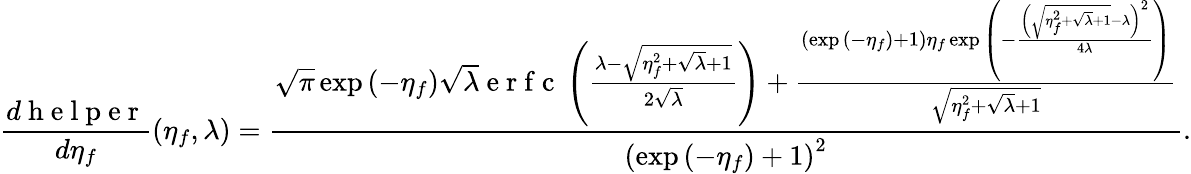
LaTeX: \frac{d\mathrm{~h~e~l~p~e~r~}}{d\eta_{f}}(\eta_{f},\lambda)=\frac{\sqrt{\pi}\exp{(-\eta_{f})}\sqrt{\lambda}\mathrm{~e~r~f~c~}\left(\frac{\lambda-\sqrt{\eta_{f}^{2}+\sqrt{\lambda}+1}}{2\sqrt{\lambda}}\right)+\frac{\left(\exp{(-\eta_{f})}+1\right)\eta_{f}\exp{\left(-\frac{\left(\sqrt{\eta_{f}^{2}+\sqrt{\lambda}+1}-\lambda\right)^{2}}{4\lambda}\right)}}{\sqrt{\eta_{f}^{2}+\sqrt{\lambda}+1}}}{\left(\exp{(-\eta_{f})}+1\right)^{2}}.